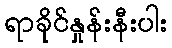
ရာခိုင်နှုန်းနီးပါး